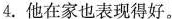
4.他在家也表现得好。